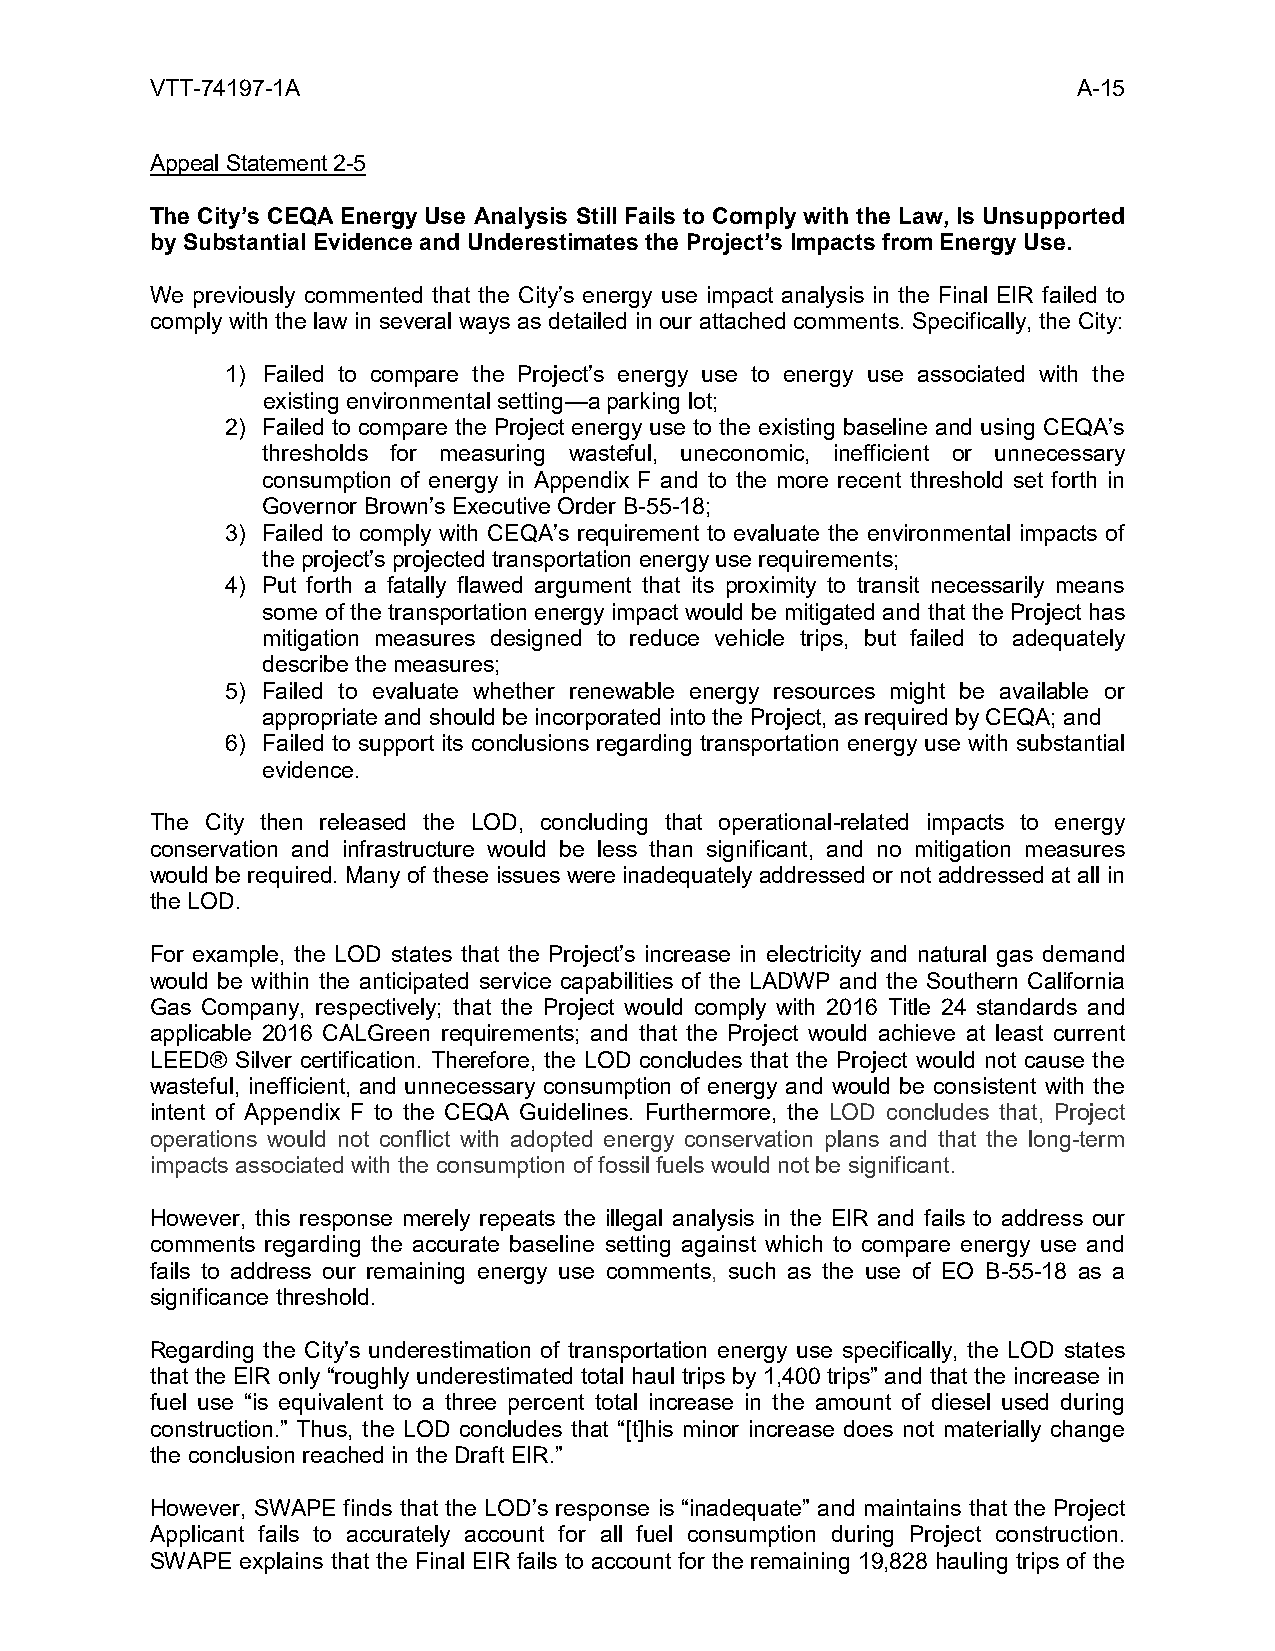
VTT-74197-1A                                                 A-15
 Appeal Statement 2-5
 The City’s CEQA Energy Use Analysis Still Fails to Comply with the Law, Is Unsupported
 by Substantial Evidence and Underestimates the Project’s Impacts from Energy Use.
 We previously commented that the City’s energy use impact analysis in the Final EIR failed to
 comply with the law in several ways as detailed in our attached comments. Specifically, the City:
 1) Failed to compare the Project’s energy use to energy use associated with the
 existing environmental setting—a parking lot;
 2) Failed to compare the Project energy use to the existing baseline and using CEQA’s
 thresholds for measuring wasteful, uneconomic, inefficient or unnecessary
 consumption of energy in Appendix F and to the more recent threshold set forth in
 Governor Brown’s Executive Order B-55-18;
 3) Failed to comply with CEQA’s requirement to evaluate the environmental impacts of
 the project’s projected transportation energy use requirements;
 4) Put forth a fatally flawed argument that its proximity to transit necessarily means
 some of the transportation energy impact would be mitigated and that the Project has
 mitigation measures designed to reduce vehicle trips, but failed to adequately
 describe the measures;
 5) Failed to evaluate whether renewable energy resources might be available or
 appropriate and should be incorporated into the Project, as required by CEQA; and
 6) Failed to support its conclusions regarding transportation energy use with substantial
 evidence.
 The City then released the LOD, concluding that operational-related impacts to energy
 conservation and infrastructure would be less than significant, and no mitigation measures
 would be required. Many of these issues were inadequately addressed or not addressed at all in
 the LOD.
 For example, the LOD states that the Project’s increase in electricity and natural gas demand
 would be within the anticipated service capabilities of the LADWP and the Southern California
 Gas Company, respectively; that the Project would comply with 2016 Title 24 standards and
 applicable 2016 CALGreen requirements; and that the Project would achieve at least current
 LEED® Silver certification. Therefore, the LOD concludes that the Project would not cause the
 wasteful, inefficient, and unnecessary consumption of energy and would be consistent with the
 intent of Appendix F to the CEQA Guidelines. Furthermore, the LOD concludes that, Project
 operations would not conflict with adopted energy conservation plans and that the long-term
 impacts associated with the consumption of fossil fuels would not be significant.
 However, this response merely repeats the illegal analysis in the EIR and fails to address our
 comments regarding the accurate baseline setting against which to compare energy use and
 fails to address our remaining energy use comments, such as the use of EO B-55-18 as a
 significance threshold.
 Regarding the City’s underestimation of transportation energy use specifically, the LOD states
 that the EIR only “roughly underestimated total haul trips by 1,400 trips” and that the increase in
 fuel use “is equivalent to a three percent total increase in the amount of diesel used during
 construction.” Thus, the LOD concludes that “[t]his minor increase does not materially change
 the conclusion reached in the Draft EIR.”
 However, SWAPE finds that the LOD’s response is “inadequate” and maintains that the Project
 Applicant fails to accurately account for all fuel consumption during Project construction.
 SWAPE explains that the Final EIR fails to account for the remaining 19,828 hauling trips of the